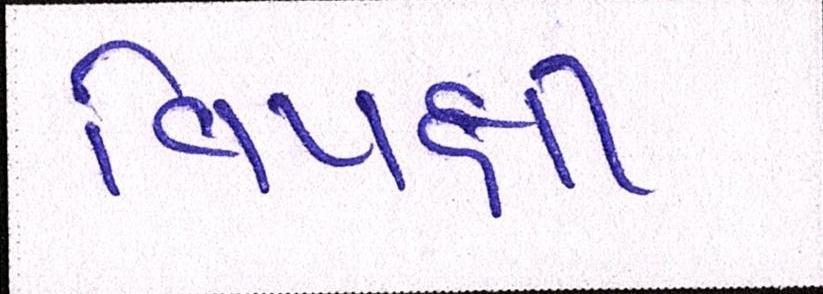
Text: વિપક્ષી